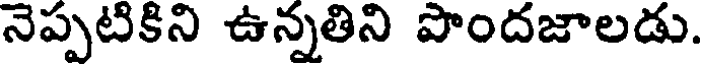
నెప్పటికిని ఉన్నతిని పొందజాలడు.